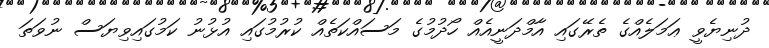
ދުނިޔެވީ ޢަމަލެއްގެ ތެރޭގައި އާމްދަނީއެއް ހޯދުމުގެ މަސައްކަތެއް ކުރުމުގައި އުޅުނު ކަމުގައިވިޔަސް ނުވަތަ